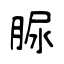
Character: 脲